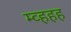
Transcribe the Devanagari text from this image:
म्व्हहह